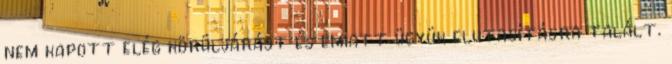
nem kapott elég körüljárást és emiatt ügyük elutasításra talált.